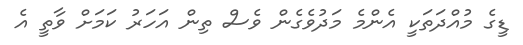
ޑީގެ މުއްދަތަކީ އެންމެ މަދުވެގެން ވެސް ތިން އަހަރު ކަމަށް ވާތީ އެ